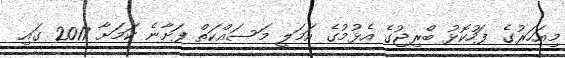
މިއަހަރުގެ ފަހުކޮޅު ބްރިޖުގެ އެޅުމުގެ އަމަލީ މަސައްކަތް ފަށާނެ ކަމަށާ 2017 ގައި